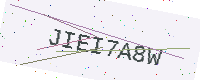
Text: JIEI7A8W